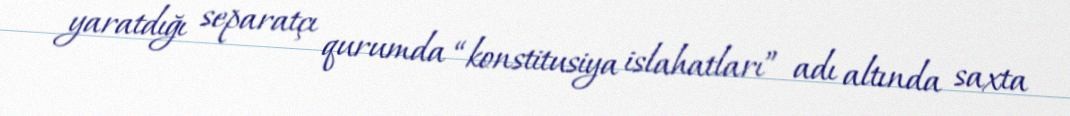
yaratdığı separatçı qurumda “konstitusiya islahatları” adı altında saxta